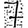
Digit: 7